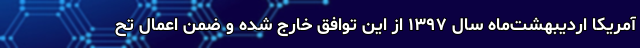
آمریکا اردیبهشت‌ماه سال ۱۳۹۷ از این توافق خارج شده و ضمن اعمال تح